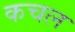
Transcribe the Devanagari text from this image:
कचल